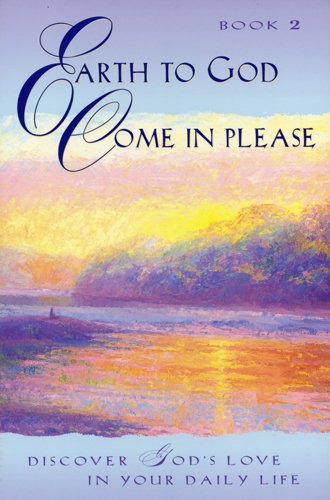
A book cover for Earth to God, Come in Please... Book 2: Discover God's Love in Your Daily Life; Religion & Spirituality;